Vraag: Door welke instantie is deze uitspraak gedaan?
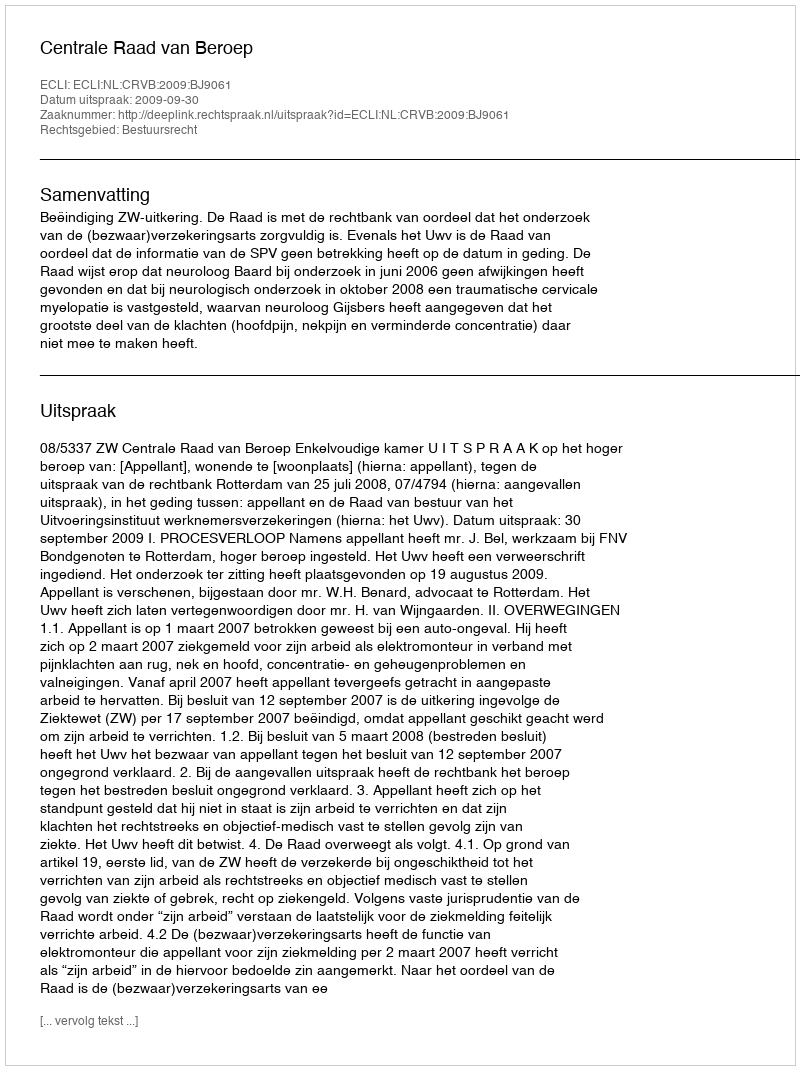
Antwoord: Centrale Raad van Beroep